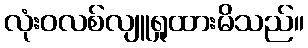
လုံးဝလစ်လျူရှုထားမိသည်။